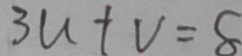
3 a + v = 8